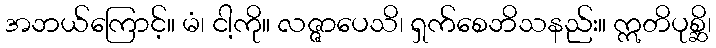
အဘယ်ကြောင့်။ မံ၊ ငါ့ကို။ လဇ္ဇာပေသိ၊ ရှက်စေဘိသနည်း။ ဣတိပုစ္ဆိ၊